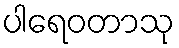
ပါရေဝတာသု